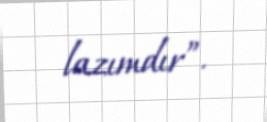
lazımdır”.